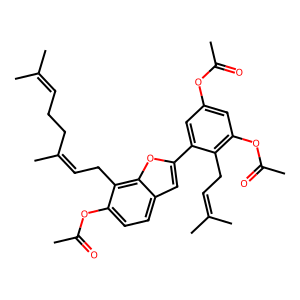
SMILES: CC(=O)Oc1cc(OC(C)=O)c(CC=C(C)C)c(-c2cc3ccc(OC(C)=O)c(CC=C(C)CCC=C(C)C)c3o2)c1
Inhibits HIV replication: No